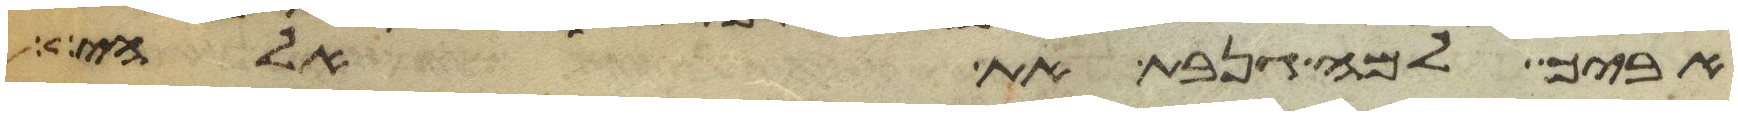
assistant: אביך למה גנבת את אלהי